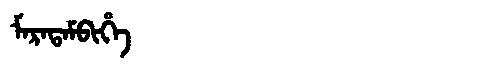
Manchu: ᠮᠠᡵᠠᡨᠠᠮᠪᡳᡥᡝ
Romanization: MARATAMBIHE